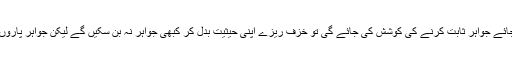
اگر ان کو جواہر پاروں سے الگ کرنے کے بجائے جواہر ثابت کرنے کی کوشش کی جائے گی تو خزف ریزے اپنی حیثیت بدل کر کبھی جواہر نہ بن سکیں گے لیکن جواہر پاروں کی عظمت اور قیمت ضرور گھٹ جائے گی۔